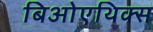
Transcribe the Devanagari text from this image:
बिओएथिक्स